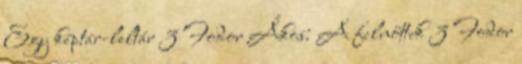
Egy képtár-leltár 3 Fodor Ákos: A felnőttek 3 Fodor